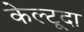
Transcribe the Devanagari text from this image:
केल्टूदा